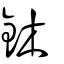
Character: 鈢